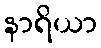
နာရိယာ